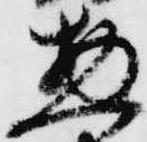
惣